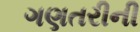
ગણતરીની